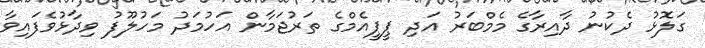
ގަލޮޅު ދެކުނު ދާއިރާގެ މެމްބަރު އަދި ޕީޕީއެމްގެ ތަރުޖަމާން އަހުމަދު މަހުލޫފު ވިދާޅުވެފައިވާ